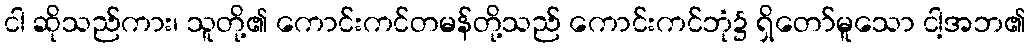
ငါ ဆိုသည်ကား၊ သူတို့၏ ကောင်းကင်တမန်တို့သည် ကောင်းကင်ဘုံ၌ ရှိတော်မူသော ငါ့အဘ၏